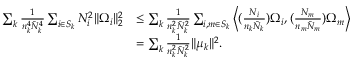
\begin{array} { r l } { \sum _ { k } \frac { 1 } { n _ { k } ^ { 4 } \bar { N } _ { k } ^ { 4 } } \sum _ { i \in S _ { k } } N _ { i } ^ { 2 } \| \Omega _ { i } \| _ { 2 } ^ { 2 } } & { \leq \sum _ { k } \frac { 1 } { n _ { k } ^ { 2 } \bar { N } _ { k } ^ { 2 } } \sum _ { i , m \in S _ { k } } \bigg \langle ( \frac { N _ { i } } { n _ { k } \bar { N } _ { k } } ) \Omega _ { i } , ( \frac { N _ { m } } { n _ { m } \bar { N } _ { m } } ) \Omega _ { m } \bigg \rangle } \\ & { = \sum _ { k } \frac { 1 } { n _ { k } ^ { 2 } \bar { N } _ { k } ^ { 2 } } \| \mu _ { k } \| ^ { 2 } . } \end{array}